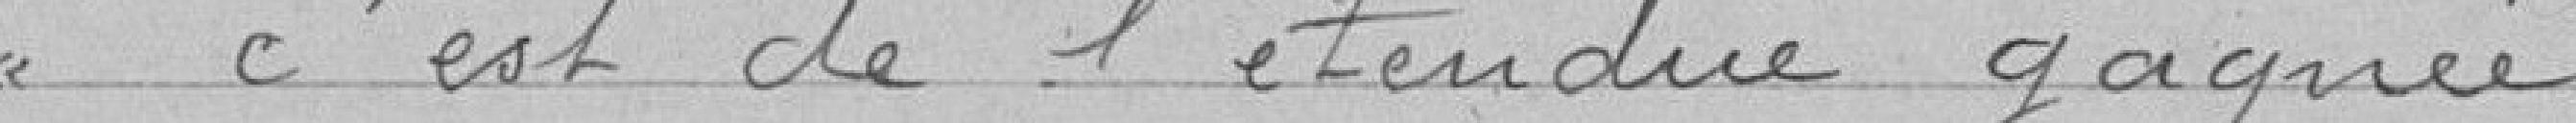
c'est de l'étendue gagnée.